Report on the Nagpur School of Medicine, Central Provinces
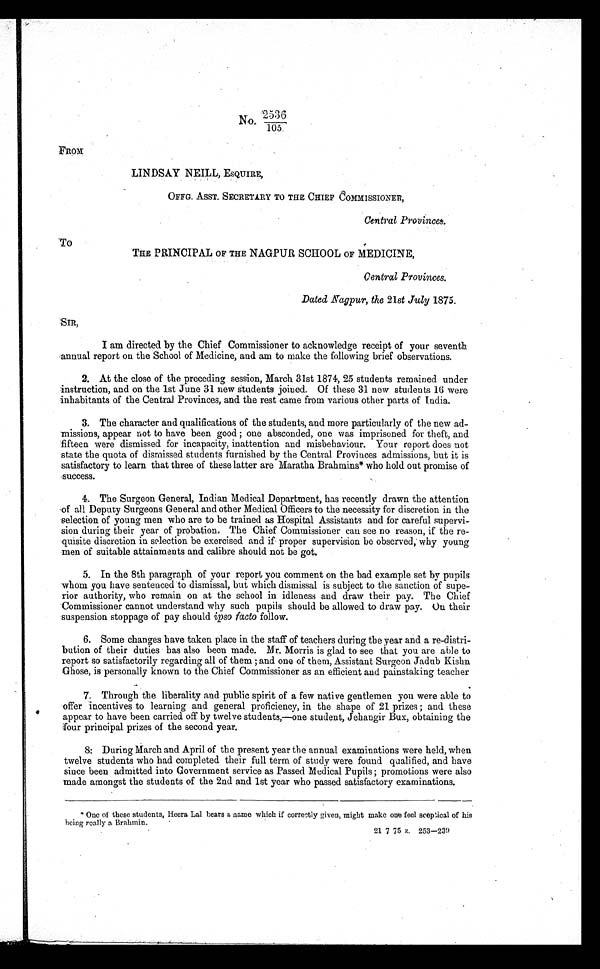
105.
FROM
LINDSAY NEILL, ESQUIRE,
OFFG. ASST. SECRETARY TO THE CHIEF COMMISSIONER,
Central Provinces.
To
THE PRINCIPAL OF THE NAGPUR SCHOOL OF MEDICINE,
Central Provinces.
Dated Nagpur, the 21st July 1875.
SIR,
I am directed by the Chief Commissioner to acknowledge receipt of your seventh
annual report on the School of Medicine, and am to make the following brief observations.
2. At the close of the preceding session, March 31st 1874, 25 students remained under
instruction, and on the 1st June 31 new Students joined. Of these 31 new students 16 were
inhabitants of the Central Provinces, and the rest came from various other parts of India.
3. The character and qualifications of the students, and more particularly of the new ad-
missions, appear not to have been good; one absconded, one was imprisoned for theft, and
fifteen were dismissed for incapacity, inattention and misbehaviour. Your report does not
state the quota of dismissed students furnished by the Central Provinces admissions, but it is
satisfactory to learn that three of these latter are Maratha Brahmins* who hold out promise of
success.
4. The Surgeon General, Indian Medical Department, has recently drawn the attention
of al l Deputy Surgeons General and other Medi cal Offi cers to the necessi ty for di screti on i n the sel ecti on of young men who are to be trai ned as Hospi tal Assi stants and for careful supervi -si on duri ng thei r year of probati on. The Chi ef Commi ssi oner can see no reason, i f the re
-quisite discretion in selection be exercised and if proper supervision be observed, why young
men of suitable attainments and calibre should not be got.
5. In the 8th paragraph of your report you comment on the bad example set by pupils
whom you have sentenced to dismissal, but which dismissal is subject to the sanction of supe
- r i o r a u t h o r i t y , w h o r e m a i n o n a t t h e s c h o o l i n i d l e n e s s a n d d r a w t h e i r p a y . T h e C h i e f
Commissioner cannot understand why such pupils should be allowed to draw pay. On their
suspension stoppage of pay should ipso facto follow.
6. Some changes have taken place in the staff of teachers during the year and a re-distri
- b u t i o n o f t h e i r d u t i e s h a s a l s o b e e n m a d e . M r . M o r r i s i s g l a d t o s e e t h a t y o u a r e a b l e t o
report so satisfactorily regarding all of them; and one of them, Assistant Surgeon Jadub Kishn
Chose, is personally known to the Chief Commissioner as an efficient and painstaking teacher
7. Through the liberality and public spirit of a few native gentlemen you were able to
offer incentives to learning in and general proficiency, in the shape of 21 prizes; and these
appear to have been carried off by twelve students,—one student, Jehangir Bux, obtaining the
four principal prizes of the second year.
8: During March and April of the present year the annual examinations were held, when
twelve students who had completed their full term of study were found qualified, and have
since been admitted into Government service as Passed Medical Pupils; promotions were also
made amongst the students of the 2nd and 1st year who passed satisfactory examinations.
* One of these students, Heera Lal bears a name which if correctly given, might make one feel sceptical of his
being really a Brahmin.
21 7 75 z. 253-239